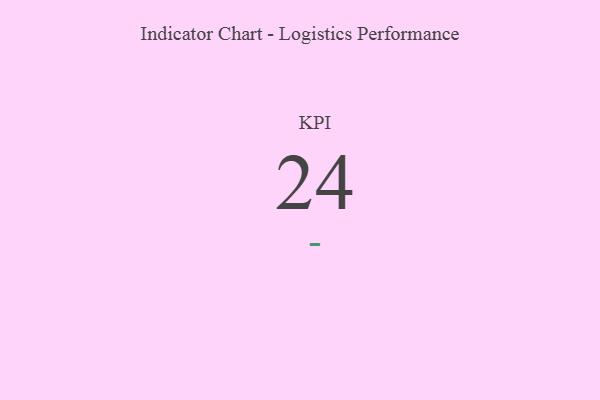
{"axis": {"x": "KPI", "y": "Value"}, "legend": [""], "data": [{"x": "KPI", "y": 24, "type": ""}]}